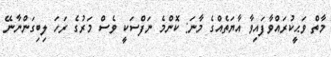
މާތް ވަޙީކުރައްވާފައިވާ އާޔަތެއްގެ މާނަ: ކޮންމެ ނަފްސަކީ ވެސް މަރުގެ ރަހަ ލިބިގަންނާނޭ